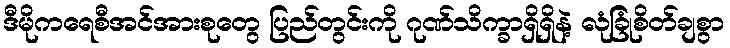
ဒီမိုကရေစီအင်အားစုတွေ ပြည်တွင်းကို ဂုဏ်သိက္ခာရှိရှိနဲ့ လုံခြုံစိတ်ချစွာ